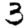
Digit: 3